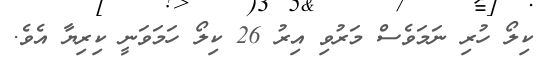
ކިލޯ ހުރި ނަމަވެސް މަރުވި އިރު 26 ކިލޯ ހަމަވަނީ ކިރިޔާ އެވެ.